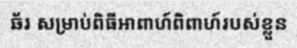
ឆ័រ សម្រាប់ពិធីអាពាហ៍ពិពាហ៍របស់ខ្លួន